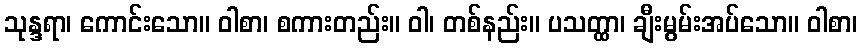
သုန္ဒရာ၊ ကောင်းသော။ ဝါစာ၊ စကားတည်း။ ဝါ၊ တစ်နည်း။ ပသတ္ထာ၊ ချီးမွမ်းအပ်သော။ ဝါစာ၊